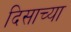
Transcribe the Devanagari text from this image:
दिसाच्या